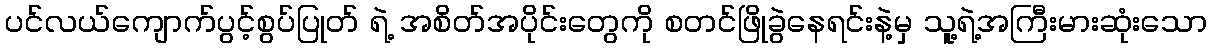
ပင်လယ်ကျောက်ပွင့်စွပ်ပြုတ် ရဲ့ အစိတ်အပိုင်းတွေကို စတင်ဖြိုခွဲနေရင်းနဲ့မှ သူ့ရဲ့အကြီးမားဆုံးသော